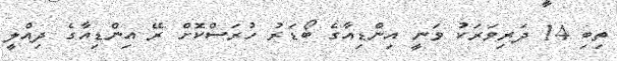
ތިބި 14 ދަރިވަރަކު ވަނީ އިންޑިއާގެ ބޯޑަރު ހުރަސްކޮށް ރޭ އިންޑިއާގެ ދިއްލީ